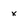
Character: x